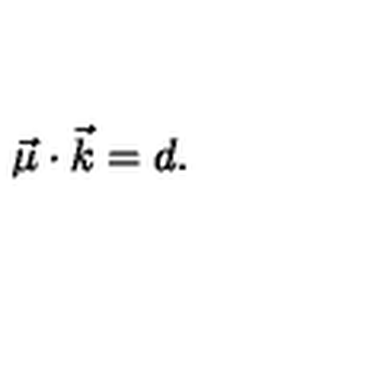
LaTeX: \vec { \mu } \cdot \vec { k } = d .